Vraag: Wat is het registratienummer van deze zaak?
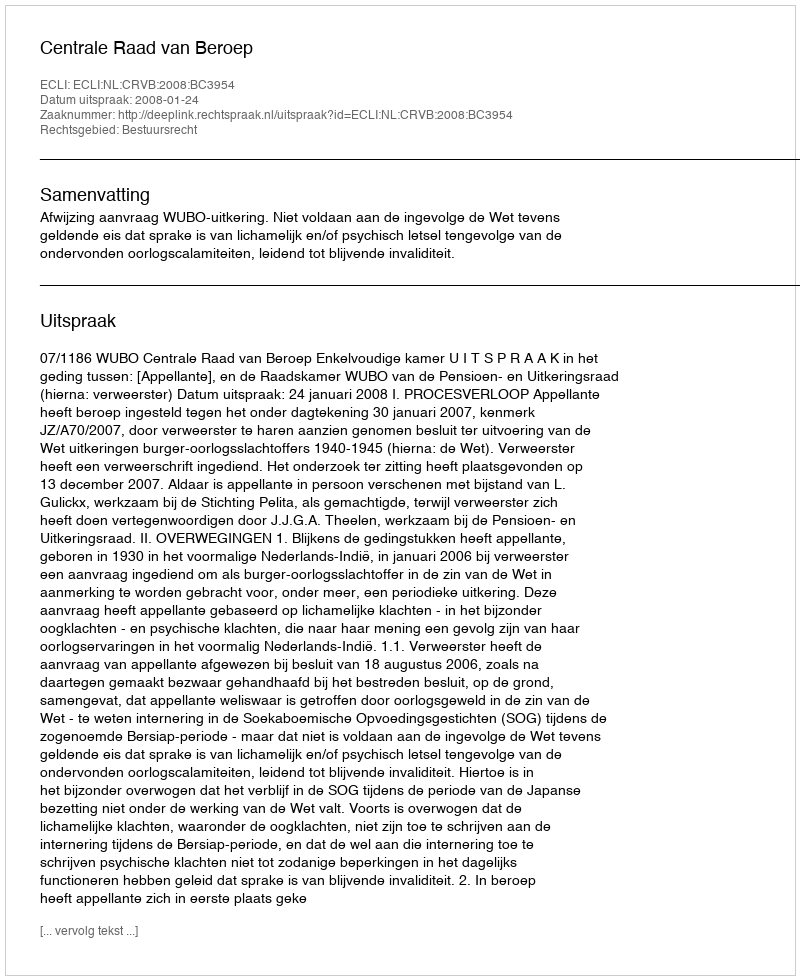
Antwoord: http://deeplink.rechtspraak.nl/uitspraak?id=ECLI:NL:CRVB:2008:BC3954